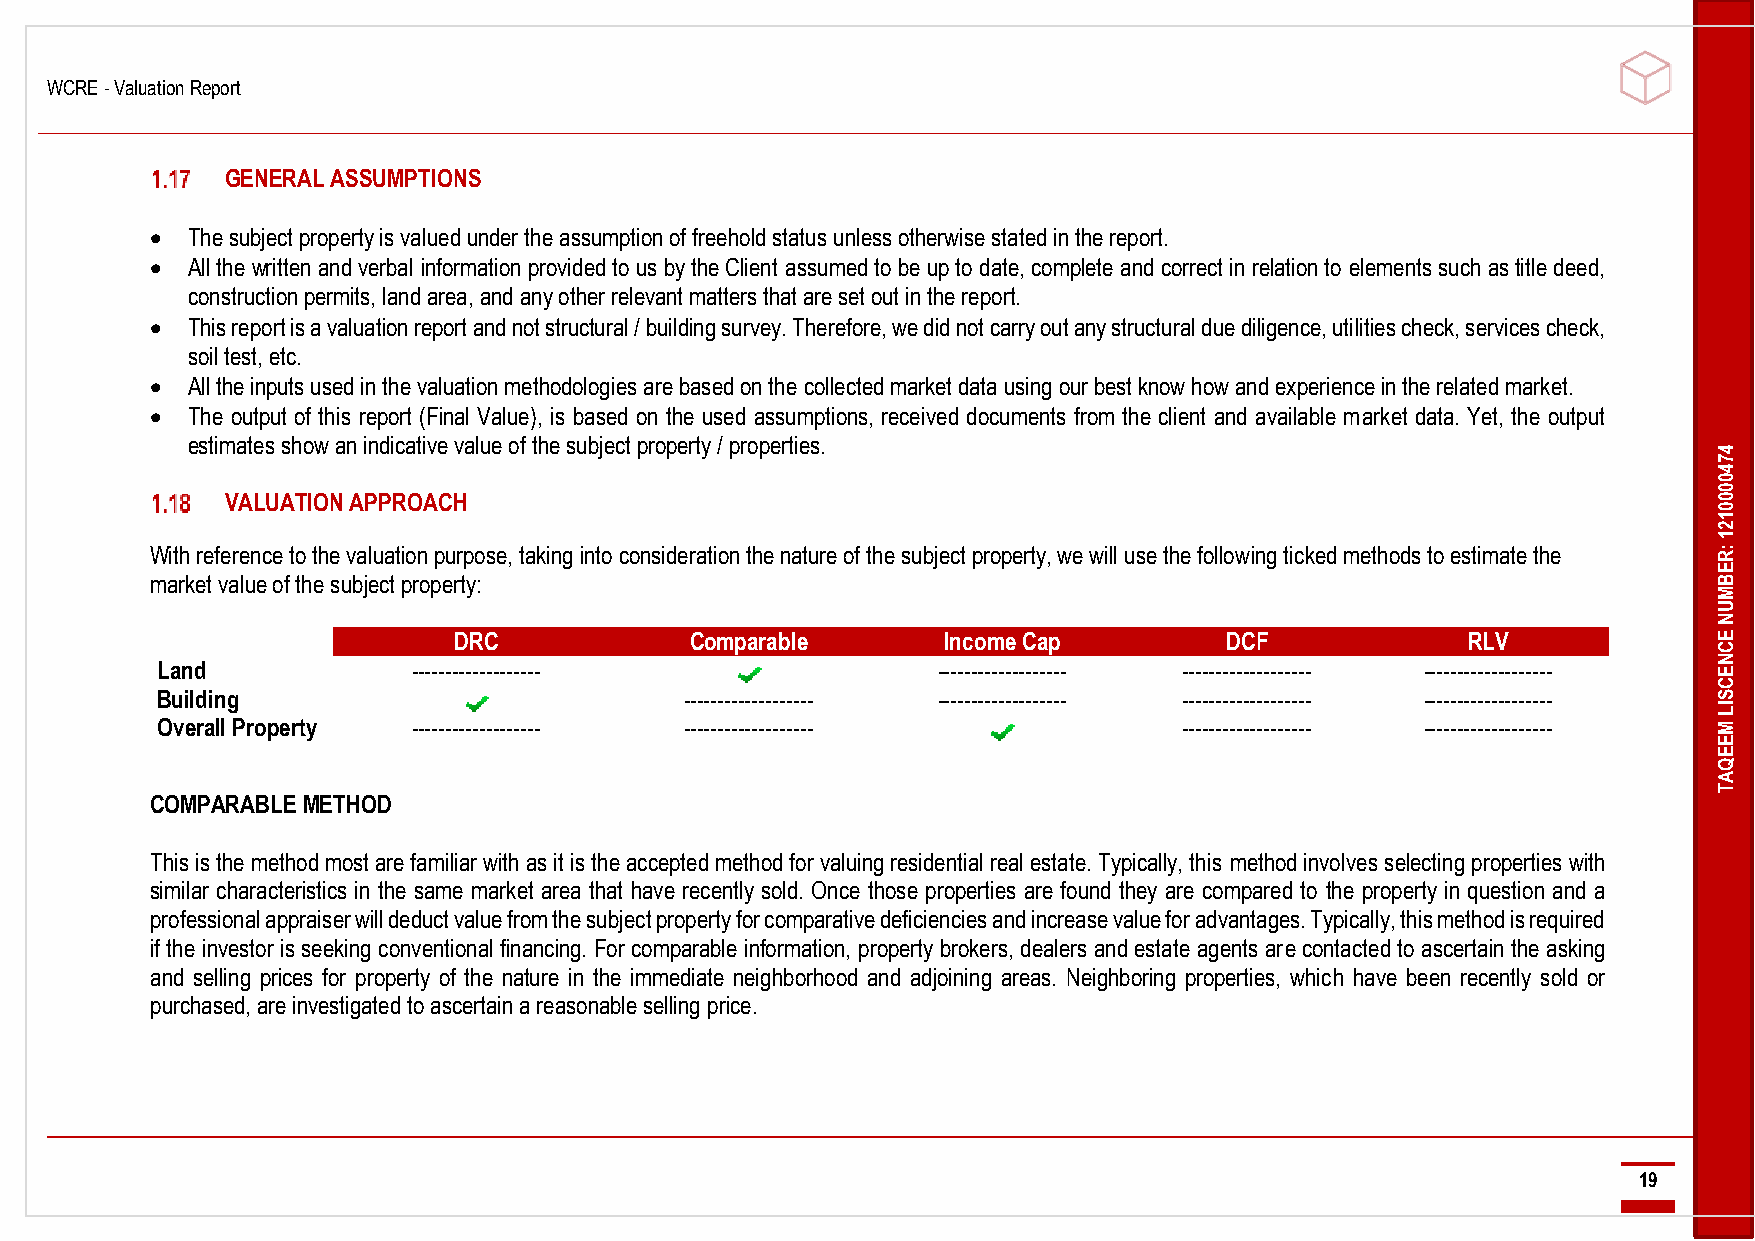
WCRE - Valuation Report
 -------------------------------------------------------------------------------------------------------------------------------------------------------------------------------------------------------------------------------------------------------------------------------------------------------------------------------------------------------------------------------------------------------------------------------------
 GENERAL ASSUMPTIONS
 • The subject property is valued under the assumption of freehold status unless otherwise stated in the report.
 • All the written and verbal information provided to us by the Client assumed to be up to date, complete and correct in relation to elements such as title deed,
 construction permits, land area, and any other relevant matters that are set out in the report.
 • This report is a valuation report and not structural / building survey. Therefore, we did not carry out any structural due diligence, utilities check, services check,
 soil test, etc.
 • All the inputs used in the valuation methodologies are based on the collected market data using our best know how and experience in the related market.
 • The output of this report (Final Value), is based on the used assumptions, received documents from the client and available market data. Yet, the output
 estimates show an indicative value of the subject property / properties.
 4
 7
 4
 0
 0
 VALUATION APPROACH                                                                                 0
 0
 1
 2
 1
 With reference to the valuation purpose, taking into consideration the nature of the subject property, we will use the following ticked methods to estimate the :R
 E
 market value of the subject property:                                                                   B
 M
 U
 N
 DRC             Comparable      Income Cap         DCF             RLV              E
 C
 Land             -------------------                ------------------- ------------------- ------------------- N
 E
 C
 Building                           ------------------- ------------------- ------------------- ------------------- S
 IL
 Overall Property ------------------- -------------------            ------------------- ------------------- M
 E
 E
 Q
 A
 T
 COMPARABLE METHOD
 This is the method most are familiar with as it is the accepted method for valuing residential real estate. Typically, this method involves selecting properties with
 similar characteristics in the same market area that have recently sold. Once those properties are found they are compared to the property in question and a
 professional appraiser will deduct value from the subject property for comparative deficiencies and increase value for advantages. Typically, this method is required
 if the investor is seeking conventional financing. For comparable information, property brokers, dealers and estate agents are contacted to ascertain the asking
 and selling prices for property of the nature in the immediate neighborhood and adjoining areas. Neighboring properties, which have been recently sold or
 purchased, are investigated to ascertain a reasonable selling price.
 ----------------------------------------------------------------------------------------------------------------------------------------------------------------------------------------------------------------------------------------------------------------------------------------------------------------------------------------------------------------------------------------------------------------------------------
 19